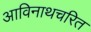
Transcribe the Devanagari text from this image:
आविनाथचरित